system: You are a helpful assistant.
user:
Analyze the provided spectrum to determine if it is a **Carbon Star (C-type)**.

- **Key Visual Indicators of Carbon Star:**
    - **(Primary):** Strong molecular absorption from **C₂ (diatomic carbon) "Swan Bands."** This is the **defining feature** of a carbon star.
        - **(Key Bandheads):** Sharp absorption edges are visible at approximately $5635$ Å, $5165$ Å (the strongest band), and $4737$ Å.
        - **(Line Profile):** Creates a distinct **"saw-tooth"** pattern. The key morphology is a sharp, steep bandhead on the **red (long-wavelength) side**, which then gradually tapers off (i.e., flux recovers) towards the **blue (short-wavelength) side**. *(This is the direct opposite of the TiO bands seen in M-type stars)*.

    - **(Secondary):** Intense **CN (cyanogen)** molecular absorption bands.
        - **(Key Bandheads):** Located in the blue and violet regions of the spectrum (e.g., near $4215$ Å and $3883$ Å).
        - **(Morphology):** These bands are extremely broad and act as a "blanket," absorbing the vast majority of blue and violet light. This creates a characteristic **"cliff"** or **"steep drop-off"** in the spectrum's flux at short wavelengths.

    - **(Key Confirmation):** Strong **CH absorption band (G-band)**.
        - **(Key Bandhead):** Located around $4300$ Å. The contribution from CH molecules to this band is exceptionally strong.

    - **(Overall Spectrum):**
        - The continuum is severely "chopped up" by these deep molecular bands, especially C₂, rather than appearing as a smooth curve.
        - Due to the heavy CN and C₂ absorption in the blue-green, the vast majority of the star's flux is concentrated in the red part of the spectrum, giving the star its characteristic deep red color.

Think first, call **spectral_visualization_tool** if needed to examine features in detail, then provide your final answer. Your response must adhere to the following strict rules:
1.  **Overall Structure:** Your response must follow the format `<think>...</think> <tool_call>...</tool_call> (if a tool is used) <answer>...</answer>`.
2.  **Tool Usage Constraint:** You may only make **one** tool call per turn.
3.  **Final Answer Format:** In the `<answer>` tag, your conclusion must be inside a `\boxed{}` command (e.g., `\boxed{YES}`), followed by your justification.

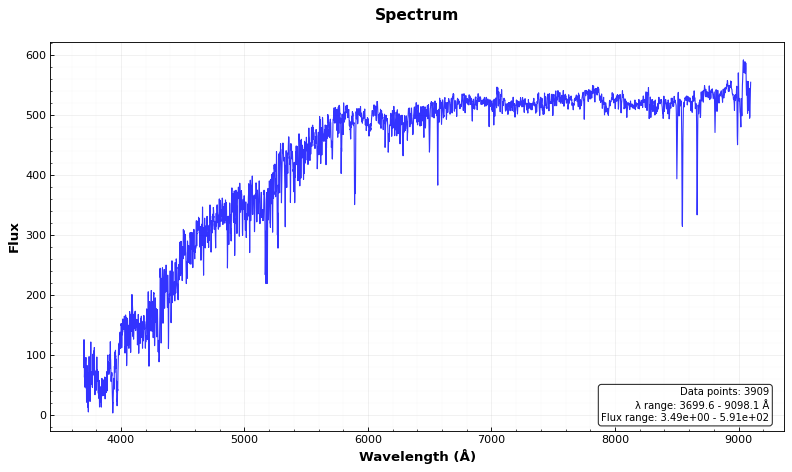
Answer: NO